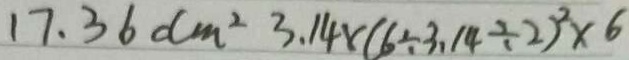
1 7 . 3 6 d m ^ { 2 } 3 . 1 4 \times ( 6 \div 3 . 1 4 \div 2 ) ^ { 2 } \times 6